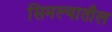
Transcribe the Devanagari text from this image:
सिमल्यातील